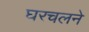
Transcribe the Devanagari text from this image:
घरचलने